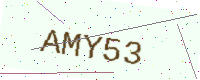
Text: AMY53